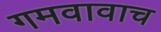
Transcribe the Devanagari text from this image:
गमवावाच